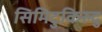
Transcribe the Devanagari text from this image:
सिमिटुकिरुदु